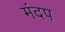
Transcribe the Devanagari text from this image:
मंदप